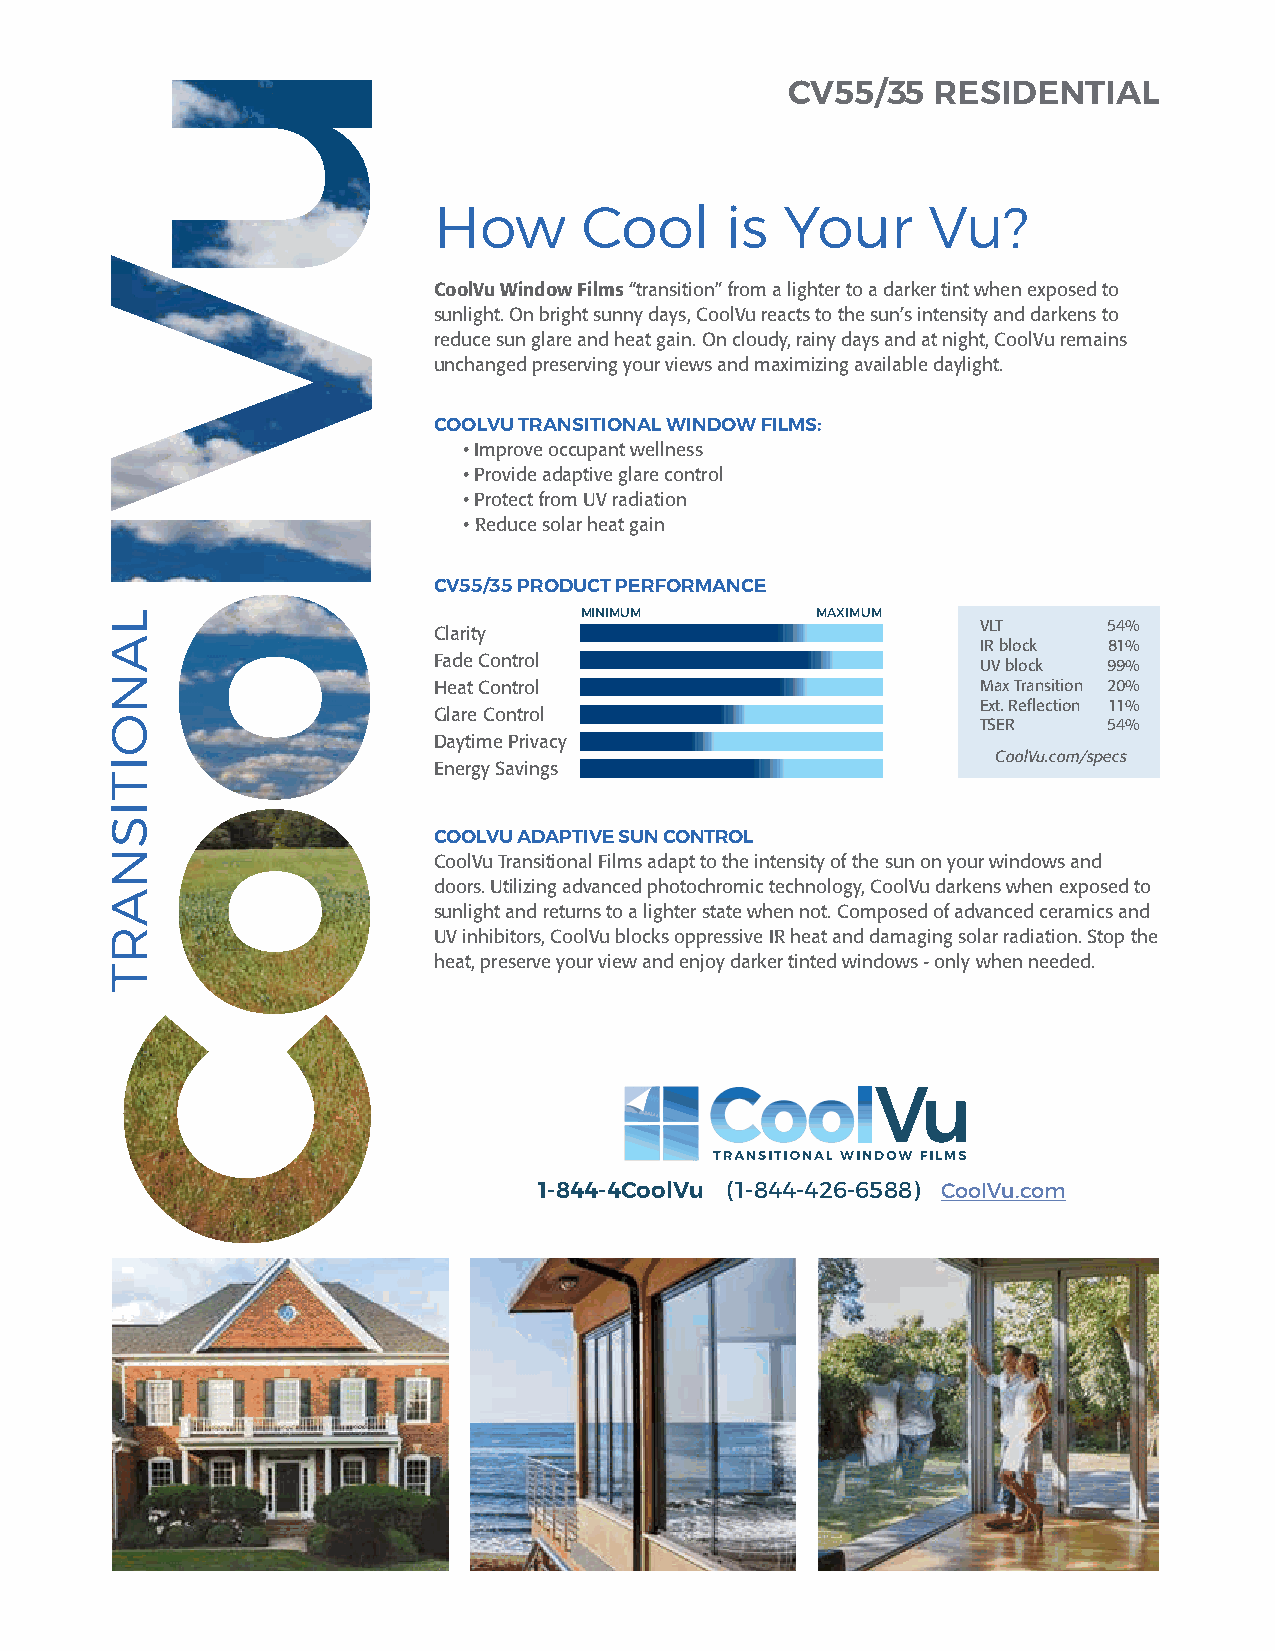
CV55/35   RESIDENTIAL
 How       Cool     is  Your     Vu?
 CoolVu Window Films “transition” from a lighter to a darker tint when exposed to
 sunlight. On bright sunny days, CoolVu reacts to the sun’s intensity and darkens to
 reduce sun glare and heat gain. On cloudy, rainy days and at night, CoolVu remains
 unchanged preserving your views and maximizing available daylight.
 COOLVU TRANSITIONAL WINDOW FILMS:
 • Improve occupant wellness
 • Provide adaptive glare control
 • Protect from UV radiation
 • Reduce solar heat gain
 CV55/35 PRODUCT PERFORMANCE
 MINIMUM         MAXIMUM
 Clarity                             VLT     54%
 IR block 81%
 Fade Control
 UV block 99%
 Heat Control                        Max Transition 20%
 Ext. Reflection 11%
 Glare Control
 TSER    54%
 Daytime Privacy
 CoolVu.com/specs
 Energy Savings
 COOLVU ADAPTIVE SUN CONTROL
 CoolVu Transitional Films adapt to the intensity of the sun on your windows and
 doors. Utilizing advanced photochromic technology, CoolVu darkens when exposed to
 sunlight and returns to a lighter state when not. Composed of advanced ceramics and
 UV inhibitors, CoolVu blocks oppressive IR heat and damaging solar radiation. Stop the
 heat, preserve your view and enjoy darker tinted windows - only when needed.
 1-844-4CoolVu (1-844-426-6588) CoolVu.com
 LANOITISNART